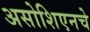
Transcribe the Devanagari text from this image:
असोशिएनचे